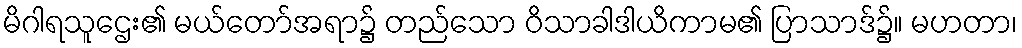
မိဂါရသူဌေး၏ မယ်တော်အရာ၌ တည်သော ဝိသာခါဒါယိကာမ၏ ပြာသာဒ်၌။ မဟတာ၊